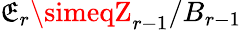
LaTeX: \mathfrak{E}_{r}\simeqZ_{r-1}/B_{r-1}